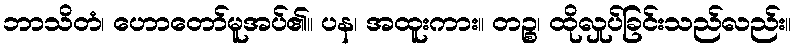
ဘာသိတံ၊ ဟောတော်မူအပ်၏။ ပန၊ အထူးကား။ တဉ္စ၊ ထိုလှုပ်ခြင်းသည်လည်း။